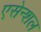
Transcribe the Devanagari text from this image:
एसेन्शल